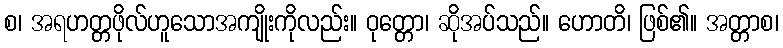
စ၊ အရဟတ္တဖိုလ်ဟူသောအကျိုးကိုလည်း။ ဝုတ္တော၊ ဆိုအပ်သည်။ ဟောတိ၊ ဖြစ်၏။ အတ္တာစ၊